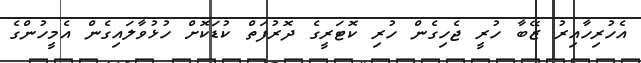
އެހުރިހާއިރު ޒޭބާ ހުރީ ޖެހިގެން ހުރި ކޮޓަރީގެ ދޮރުފަތް ކުޑަކޮށް ހުޅުވާލައިގެން އެމީހުންގެ